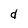
Character: d